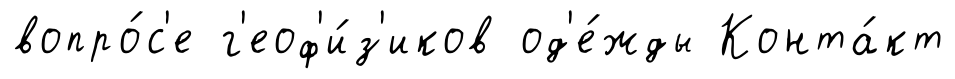
вопро́с'е г'еоф'и́з'иков од'е́жды Конта́кт